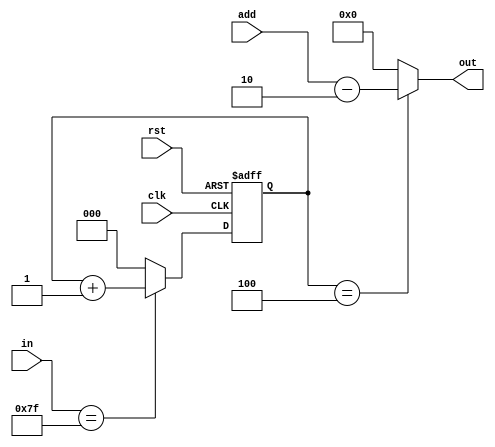
module query_detect(out,in,add,clk,rst);
input         clk;
input         rst;
input [7:0]in,add;
output   [7:0]out;
reg   [2:0]cnt;

assign out=(cnt==3'd4)?add-8'd2:8'd0;
always@(posedge clk or negedge rst)
begin
if(rst==0)
begin
cnt<=0;
end
else
begin
if(in==8'd127)
begin
cnt<=cnt+3'd1;
end
else 
begin
cnt<=0;
end
end
end
endmodule